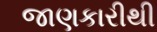
જાણકારીથી